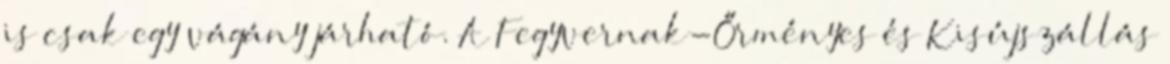
is csak egy vágány járható. A Fegyvernak-Őrményes és Kisújszállás